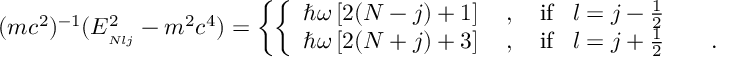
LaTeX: ( m c ^ { 2 } ) ^ { - 1 } ( E _ { _ { N l j } } ^ { 2 } - m ^ { 2 } c ^ { 4 } ) = \left\{ \left\{ \begin{array} { l l } { { \hbar \omega \left[ 2 ( N - j ) + 1 \right] \quad , \quad \mathrm { i f } \, \, \, \, \, l = j - { \frac { 1 } { 2 } } } } & { { } } \\ { { \hbar \omega \left[ 2 ( N + j ) + 3 \right] \quad , \quad \mathrm { i f } \, \, \, \, \, l = j + { \frac { 1 } { 2 } } } } & { { \quad . } } \end{array} \right. \right.